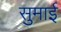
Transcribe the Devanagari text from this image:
सुमाई